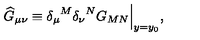
{ \widehat G } _ { \mu \nu } \equiv { \delta _ { \mu } } ^ { M } { \delta _ { \nu } } ^ { N } G _ { M N } \Big | _ { y = y _ { 0 } } ,